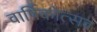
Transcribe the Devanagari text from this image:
वार्षिकोत्‍सव